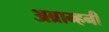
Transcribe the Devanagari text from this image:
अब्राम्हनी